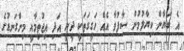
އެ ބަޔާން ކިޔާލުމުން ސާފުވާ އެއް ހަގީގަތަކީ ދީނީ އަދި އިޖުތިމާއީ މިންގަނޑުގެ